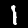
Label: 1